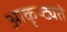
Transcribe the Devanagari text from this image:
आकृष्ट्यते